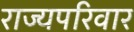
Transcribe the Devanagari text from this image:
राज्यपरिवार